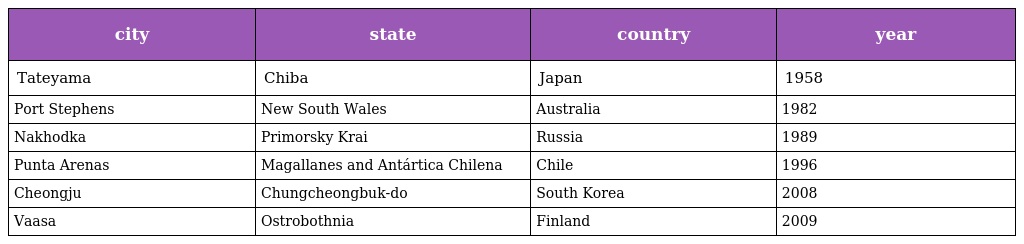
| city | state | country | year |
 | --- | --- | --- | --- |
 | Tateyama | Chiba | Japan | 1958 |
 | Port Stephens | New South Wales | Australia | 1982 |
 | Nakhodka | Primorsky Krai | Russia | 1989 |
 | Punta Arenas | Magallanes and Antártica Chilena | Chile | 1996 |
 | Cheongju | Chungcheongbuk-do | South Korea | 2008 |
 | Vaasa | Ostrobothnia | Finland | 2009 |